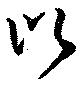
比